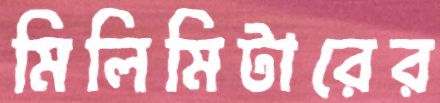
মিলিমিটারের